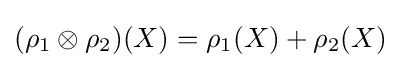
(\rho _{1}\otimes \rho _{2})(X)=\rho _{1}(X)+\rho _{2}(X)